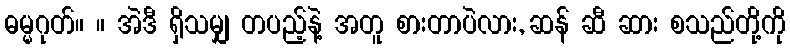
ဓမ္မဂုတ်။ ။ အဲဒီ ရှိသမျှ တပည့်နဲ့ အတူ စားတာပဲလား, ဆန် ဆီ ဆား စသည်တို့ကို